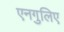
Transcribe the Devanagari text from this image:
एनगुलिए